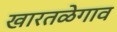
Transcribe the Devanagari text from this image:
खारतळेगाव